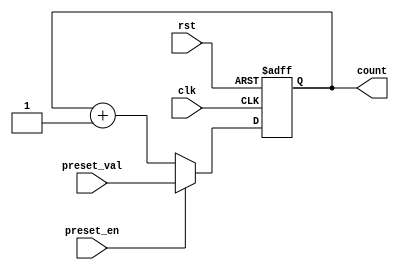
module presettable_counter (
    input wire clk,               // Clock signal
    input wire rst,               // Active-high reset signal
    input wire preset_en,         // Preset enable signal
    input wire [7:0] preset_val,  // Preset value (8-bit)
    output reg [7:0] count        // Current count value (8-bit)
);

    // Always block triggered on the rising edge of the clock
    always @(posedge clk or posedge rst) begin
        if (rst) begin
            // Reset the counter to zero
            count <= 8'b0;
        end else if (preset_en) begin
            // Load the preset value into the counter
            count <= preset_val;
        end else begin
            // Increment the counter in normal mode
            count <= count + 1;
        end
    end

endmodule